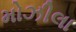
મોઝીલા